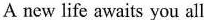
A new life awaits you all